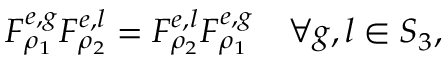
F _ { \rho _ { 1 } } ^ { e , g } F _ { \rho _ { 2 } } ^ { e , l } = F _ { \rho _ { 2 } } ^ { e , l } F _ { \rho _ { 1 } } ^ { e , g } \quad \forall g , l \in S _ { 3 } ,